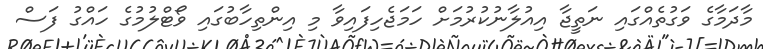
މާދަމާގެ ވަގުތެއްގައި ނަތީޖާ އިއުލާނުކުރުމަށް ހަމަޖެހިފައިވާ މި އިންތިހާބުގައި ވޯޓްލުމުގެ ހައްގު ފަސް